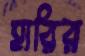
হারির